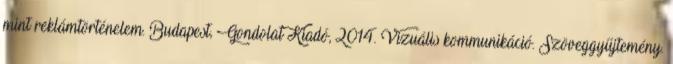
mint reklámtörténelem. Budapest, Gondolat Kiadó, 2014. Vizuális kommunikáció. Szöveggyűjtemény.